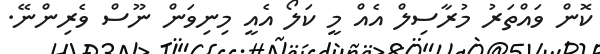
ކޮން ވައްތަރު މުރާސިލް އެއް މީ ކަލޯ އެއީ މިނިވަން ނޫސް ވެރިންނޭ.